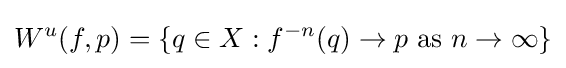
W^{u}(f,p)=\{q\in X:f^{-n}(q)\to p{\mbox{ as }}n\to \infty \}